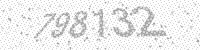
Solution: 798132